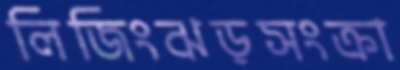
লিজিংঝড়সংক্রা